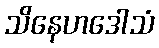
သိနေဟဒေါသံ